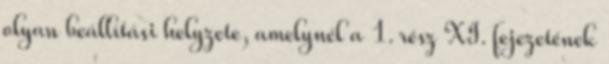
olyan beállítási helyzete, amelynél a 1. rész XI. fejezetének